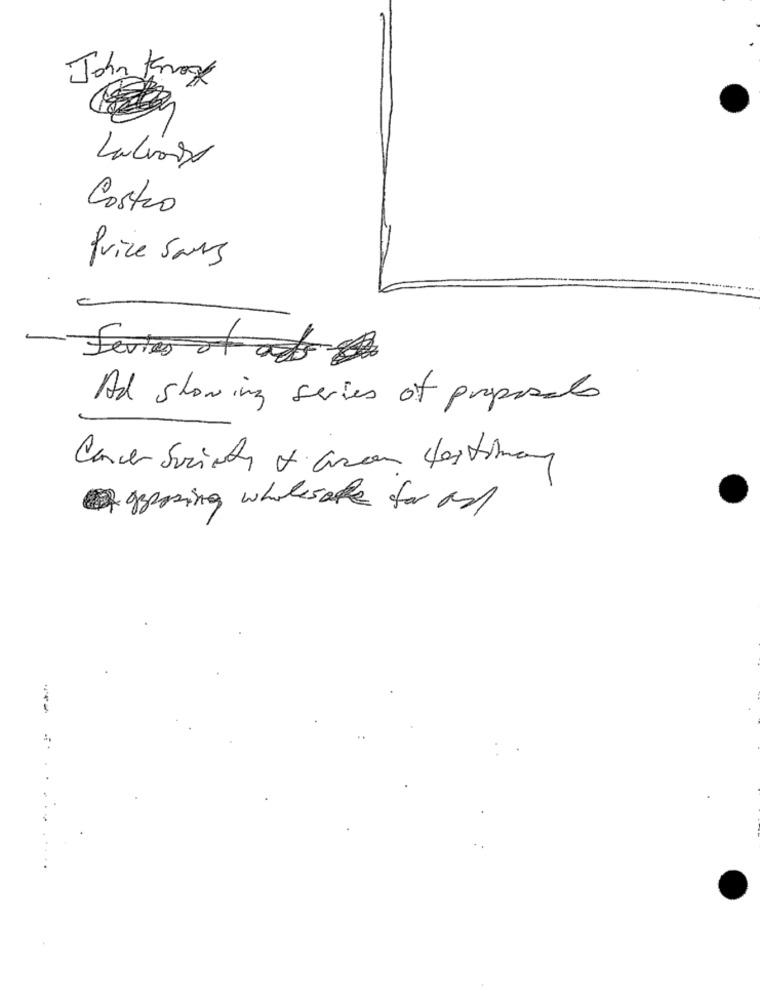
John Knog
Castro
Price sans
Ferie of ads
Ad showing series of proposals
Cancer Society & Gran Hastomany
grazing wholesale for an
--